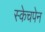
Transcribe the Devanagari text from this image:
स्केचपेन